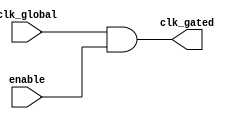
module clock_gating_cell (
    input wire clk_global,     // Global clock input
    input wire enable,         // Enable signal to control clock gating
    output wire clk_gated      // Gated clock output
);

    // Clock gating logic using an AND gate
    assign clk_gated = clk_global & enable;

endmodule